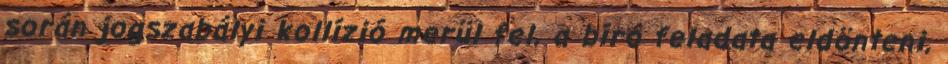
során jogszabályi kollízió merül fel, a bíró feladata eldönteni,